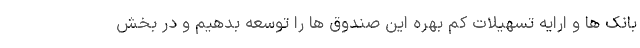
بانک ها و ارایه تسهیلات کم بهره این صندوق ها را توسعه بدهیم و در بخش